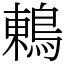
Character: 鶇